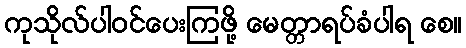
ကုသိုလ်ပါဝင်ပေးကြဖို့ မေတ္တာရပ်ခံပါရ စေ။